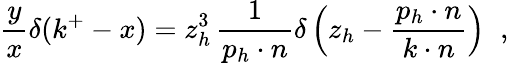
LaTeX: {\frac{y}{x}}\delta(k^{+}-x)=z_{h}^{3}\, {\frac{1}{p_{h}\cdot n}}\delta\left(z_{h}-{\frac{p_{h}\cdot n}{k\cdot n}}\right)\; \; ,